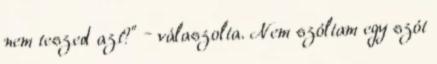
nem teszed azt?” – válaszolta. Nem szóltam egy szót